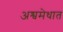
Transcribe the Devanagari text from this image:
अश्वमेधात